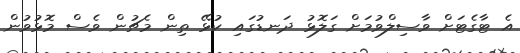
އެ ޓާގެޓަށް ވާސިލްވުމަށް ގަލޮޅު ދަނޑުގައި ކުޅޭ ތިން މެޗުން ވެސް މޮޅުވުން